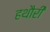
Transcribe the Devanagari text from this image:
हथौरी